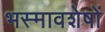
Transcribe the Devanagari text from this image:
भस्मावशेषों